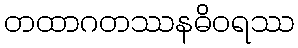
တထာဂတဿနဓိဝရဿ